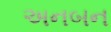
અનબન